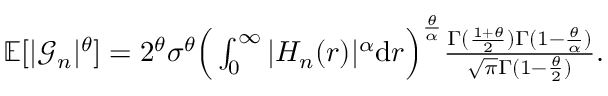
\begin{array} { r } { \mathbb { E } [ | \mathcal { G } _ { n } | ^ { \theta } ] = 2 ^ { \theta } \sigma ^ { \theta } \Big ( \int _ { 0 } ^ { \infty } | H _ { n } ( r ) | ^ { \alpha } \mathrm { d } r \Big ) ^ { \frac { \theta } { \alpha } } \frac { \Gamma ( \frac { 1 + \theta } { 2 } ) \Gamma ( 1 - \frac { \theta } { \alpha } ) } { \sqrt { \pi } \Gamma ( 1 - \frac { \theta } { 2 } ) } . } \end{array}